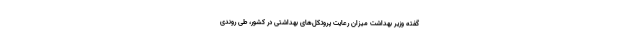
گفته وزیر بهداشت میزان رعایت پروتکل‌های بهداشتی در کشور، طی روندی